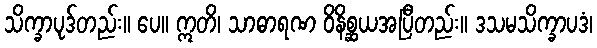
သိက္ခာပုဒ်တည်း။ ပေ။ ဣတိ၊ သာဓာရဏ ဝိနိစ္ဆယအပြီတည်း။ ဒသမသိက္ခာပဒံ၊